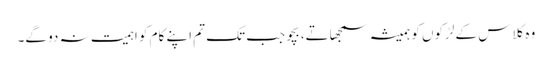
وہ کلاس کے لڑکوں کو ہمیشہ سمجھاتے، بچو جب تک تم اپنے کام کو اہمیت نہ دو گے۔